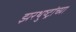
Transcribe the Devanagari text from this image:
झरथुष्ट्रांच्या